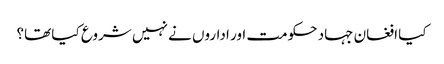
کیا افغان جہاد حکومت اور اداروں نے نہیں شروع کیا تھا؟